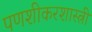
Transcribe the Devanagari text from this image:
पणशीकरशास्त्री